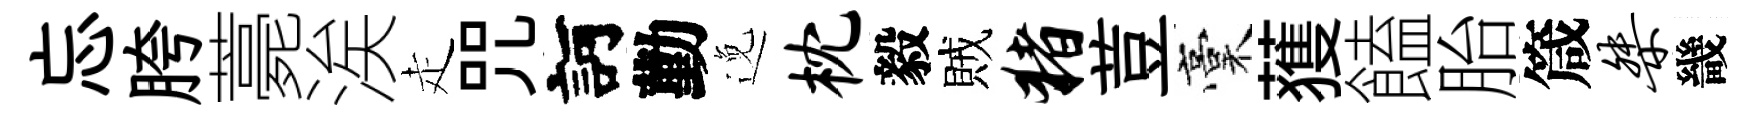
忘胯薧涘走咒訶勤𨓜枕毅賊猪荳稾𫉬饁胎箴桀畿